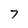
Character: 7